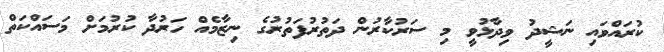
ކުރައްވައި ނަޝީދު ވިދާޅުވީ މި ސަރުކާރުން ދަތުރުފަތުރުގެ ނިޒާމެއް ހަރުދާ ކުރުމަށް މަސައްކަތް